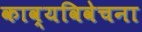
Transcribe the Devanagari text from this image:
काव्यविवेचना